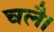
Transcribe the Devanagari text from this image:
चलै।